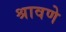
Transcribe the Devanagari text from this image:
श्रावणे